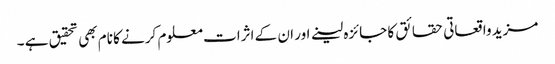
مزید واقعاتی حقائق کا جائزہ لینے اور ان کے اثرات معلوم کرنے کا نام بھی تحقیق ہے ۔